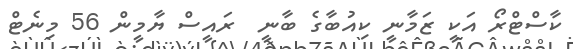
ކާސްޓްރޯ އަކީ ޒަމާނީ ކިއުބާގެ ބާނީ  ރައީސް ޔާމީން 56 މިނެޓް